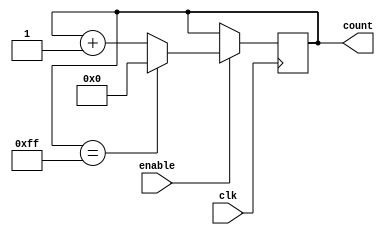
module binary_up_counter (
    input wire clk,
    input wire enable,
    output reg [7:0] count
);

always @(posedge clk) begin
    if (enable) begin
        if (count == 8'd255)
            count <= 8'd0;
        else
            count <= count + 1;
    end
end

endmodule